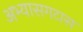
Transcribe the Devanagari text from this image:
अभ्यासगटास